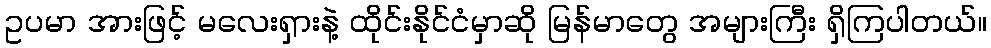
ဥပမာ အားဖြင့် မလေးရှားနဲ့ ထိုင်းနိုင်ငံမှာဆို မြန်မာတွေ အများကြီး ရှိကြပါတယ်။